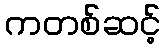
ကတစ်ဆင့်